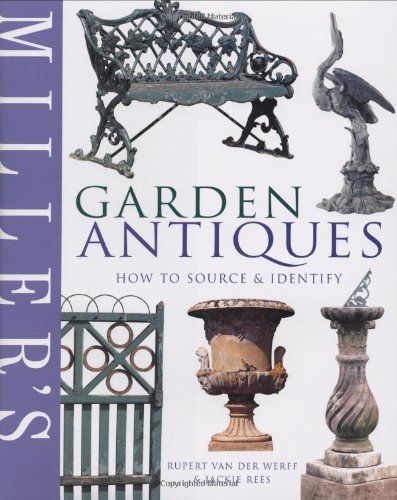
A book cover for Miller's Garden Antiques: How to Source & Identify (Miller's Guides); Rupert van der Werff; Crafts, Hobbies & Home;